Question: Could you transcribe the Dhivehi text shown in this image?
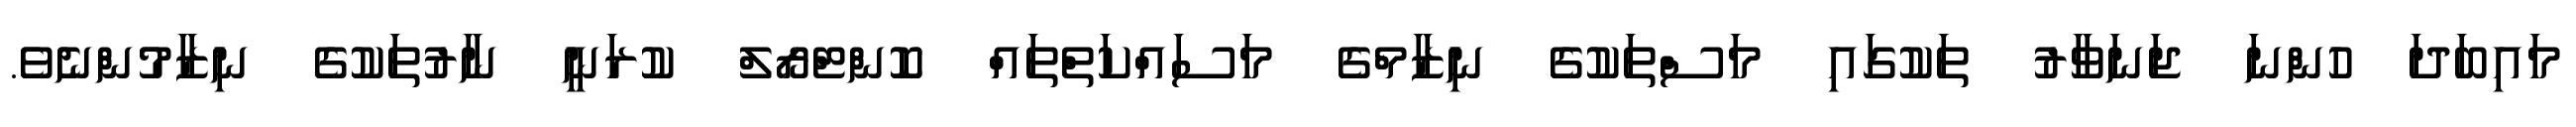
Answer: މައިބަދަ ހުންނަ ޖަނަވާރު ތަކުގައި މަސްތަކުގެ ނިޒާމްގެ މަސައްކަތްތައް ކޮންޓްރޯލް ކުރަނީ ނާރުތަކުގެ ނިޒާމުންނެވެ.